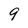
Character: 9